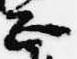
正